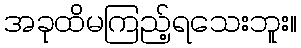
အခုထိမကြည့်ရသေးဘူး။